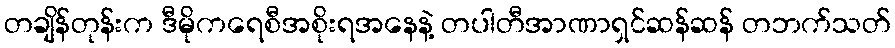
တချိန်တုန်းက ဒီမိုကရေစီအစိုးရအနေနဲ့ တပါတီအာဏာရှင်ဆန်ဆန် တဘက်သတ်